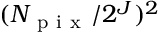
( N _ { \mathrm { ~ p ~ i ~ x ~ } } / 2 ^ { J } ) ^ { 2 }